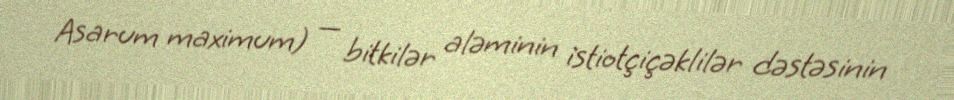
Asarum maximum) — bitkilər aləminin i̇stiotçiçəklilər dəstəsinin